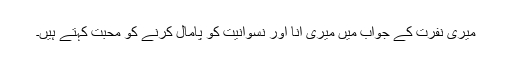
میری نفرت کے جواب میں میری انا اور نسوانیت کو پامال کرنے کو محبت کہتے ہیں۔